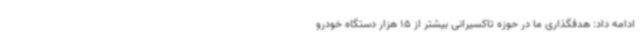
ادامه داد: هدفگذاری ما در حوزه تاکسیرانی بیشتر از 15 هزار دستگاه خودرو